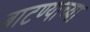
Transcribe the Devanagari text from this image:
बाटण्याच्या